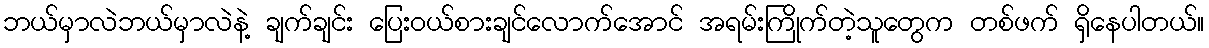
ဘယ်မှာလဲဘယ်မှာလဲနဲ့ ချက်ချင်း ပြေးဝယ်စားချင်လောက်အောင် အရမ်းကြိုက်တဲ့သူတွေက တစ်ဖက် ရှိနေပါတယ်။